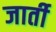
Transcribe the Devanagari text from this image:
जार्ती